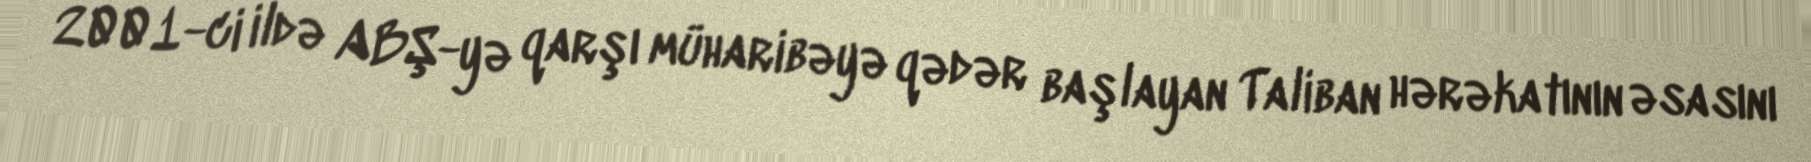
2001-ci ildə ABŞ-yə qarşı müharibəyə qədər başlayan Taliban hərəkatının əsasını